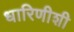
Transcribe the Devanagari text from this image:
धारिणीशी